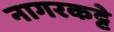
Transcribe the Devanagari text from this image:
नागरकट्टे